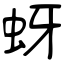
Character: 蚜